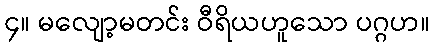
၄။ မလျော့မတင်း ဝီရိယဟူသော ပဂ္ဂဟ။